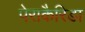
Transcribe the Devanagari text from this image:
पेराकैरिडा